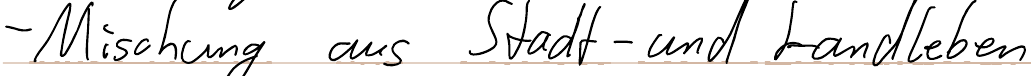
- Mischung aus Stadt- und Landleben